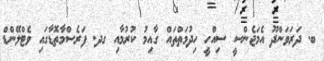
ބ. ދަރަވަންދޫ އެމަޖެންސީ ސިއްހީ ހިދުމަތްތައް ގާއިމު ކުރުމާއި ގދ. ފަރެސްމާތޮޑާގައި ވެޓްލޭންޑް